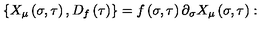
\left\{ X _ { \mu } \left( \sigma , \tau \right) , D _ { f } \left( \tau \right) \right\} = f \left( \sigma , \tau \right) \partial _ { \sigma } X _ { \mu } \left( \sigma , \tau \right) :